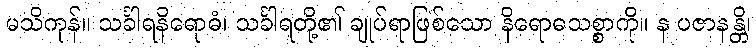
မသိကုန်။ သင်္ခါရနိရောဓံ၊ သင်္ခါရတို့၏ ချုပ်ရာဖြစ်သော နိရောဓသစ္စာကို။ န ပဇာနန္တိ၊